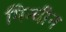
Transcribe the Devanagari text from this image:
मिन्चीन